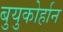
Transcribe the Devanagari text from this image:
बुयुकोर्हान